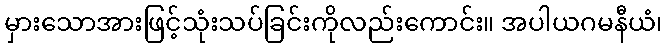
မှားသောအားဖြင့်သုံးသပ်ခြင်းကိုလည်းကောင်း။ အပါယဂမနီယံ၊